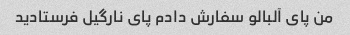
من پای آلبالو سفارش دادم پای نارگیل فرستادید